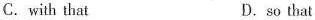
C.with that D.so that